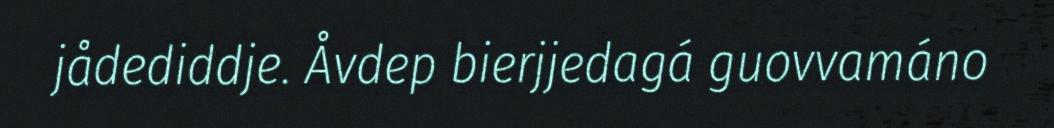
jådediddje. Åvdep bierjjedagá guovvamáno